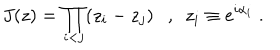
J ( z ) = \prod _ { i < j } ( z _ { i } - z _ { j } ) , ~ ~ z _ { i } \equiv e ^ { i \alpha _ { i } } \; .